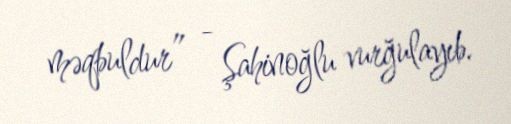
məqbuldur” - Şahinoğlu vurğulayıb.